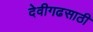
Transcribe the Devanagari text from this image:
देवीगढसाठी